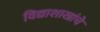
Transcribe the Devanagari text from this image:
विद्याशाखांचे